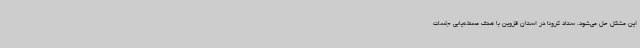
این مشکل حل می‌شود. ستاد کرونا در استان قزوین با هدف مسئله‌یابی جلسات